Indian journal of veterinary science and animal husbandry - Volumes 26-27, 1956-1957
Year: 1956
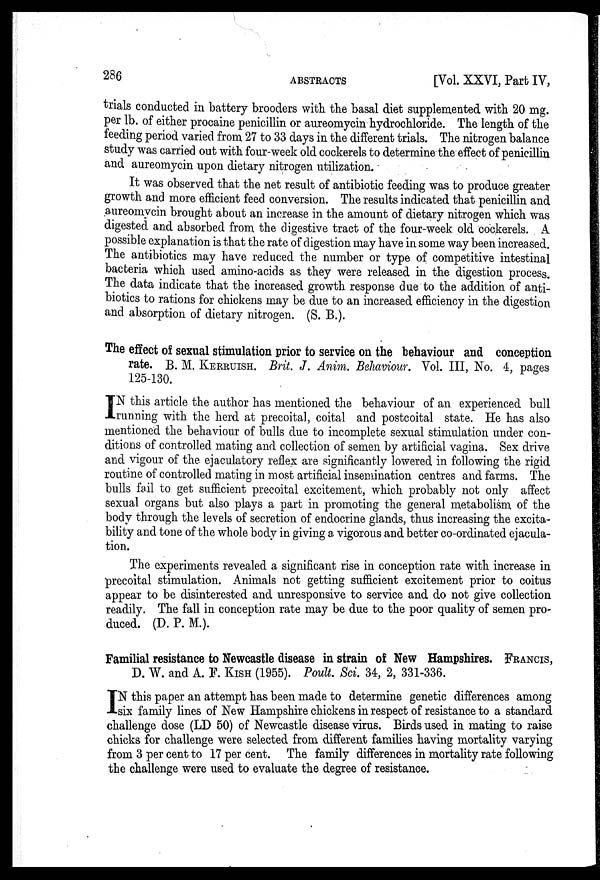
286
ABSTRACTS
[Vol. XXVI, Part IV,
trials conducted in battery brooders with the basal diet supplemented with 20 mg.
per lb. of either procaine penicillin or aureomycin hydrochloride. The length of the
feeding period varied from 27 to 33 days in the different trials. The nitrogen balance
study was carried out with four-week old cockerels to determine the effect of penicillin
and aureomycin upon dietary nitrogen utilization.
It was observed that the net result of antibiotic feeding was to produce greater
growth and more efficient feed conversion. The results indicated that penicillin and
aureomycin brought about an increase in the amount of dietary nitrogen which was
digested and absorbed from the digestive tract of the four-week old cockerels. A
possible explanation is that the rate of digestion may have in some way been increased.
The antibiotics may have reduced the number or type of competitive intestinal
bacteria which used amino-acids as they were released in the digestion process.
The data indicate that the increased growth response due to the addition of anti-
biotics to rations for chickens may be due to an increased efficiency in the digestion
and absorption of dietary nitrogen. (S. B.).
The effect of sexual stimulation prior to service on the behaviour and conception
rate. B. M. KERRUISH. Brit. J. Anim. Behaviour. Vol. III, No. 4, pages
125-130.
I N this article the author has mentioned the behaviour of an. experienced bull
running with the herd at precoital, coital and postcoital state. He has also
mentioned the behaviour of bulls due to incomplete sexual stimulation under con-
ditions of controlled mating and collection of semen by artificial vagina. Sex drive
and vigour of the ejaculatory reflex are significantly lowered in following the rigid
routine of controlled mating in most artificial insemination centres and farms. The
bulls fail to get sufficient precoital excitement, which probably not only affect
sexual organs but also plays a part in promoting the general metabolism of the
body through the levels of secretion of endocrine glands, thus increasing the excita-
bility and tone of the whole body in giving a vigorous and better co-ordinated ejacula-
tion.
The experiments revealed a significant rise in conception rate with increase in
precoital stimulation. Animals not getting sufficient excitement prior to coitus
appear to be disinterested and unresponsive to service and do not give collection
readily. The fall in conception rate may be due to the poor quality of semen pro-
duced. (D. P. M.).
Familial resistance to Newcastle disease in strain of New Hampshires. FRANCIS,
D. W. and A. F. KISH (1955). Poult. Sci. 34, 2, 331-336.
I N this paper an attempt has been made to determine genetic differences among
six family lines of New Hampshire chickens in respect of resistance to a standard
challenge dose (LD 50) of Newcastle disease virus. Birds used in mating to raise
chicks for challenge were selected from different families having mortality varying
from 3 per cent to 17 per cent. The family differences in mortality rate following
the challenge were used to evaluate the degree of resistance.